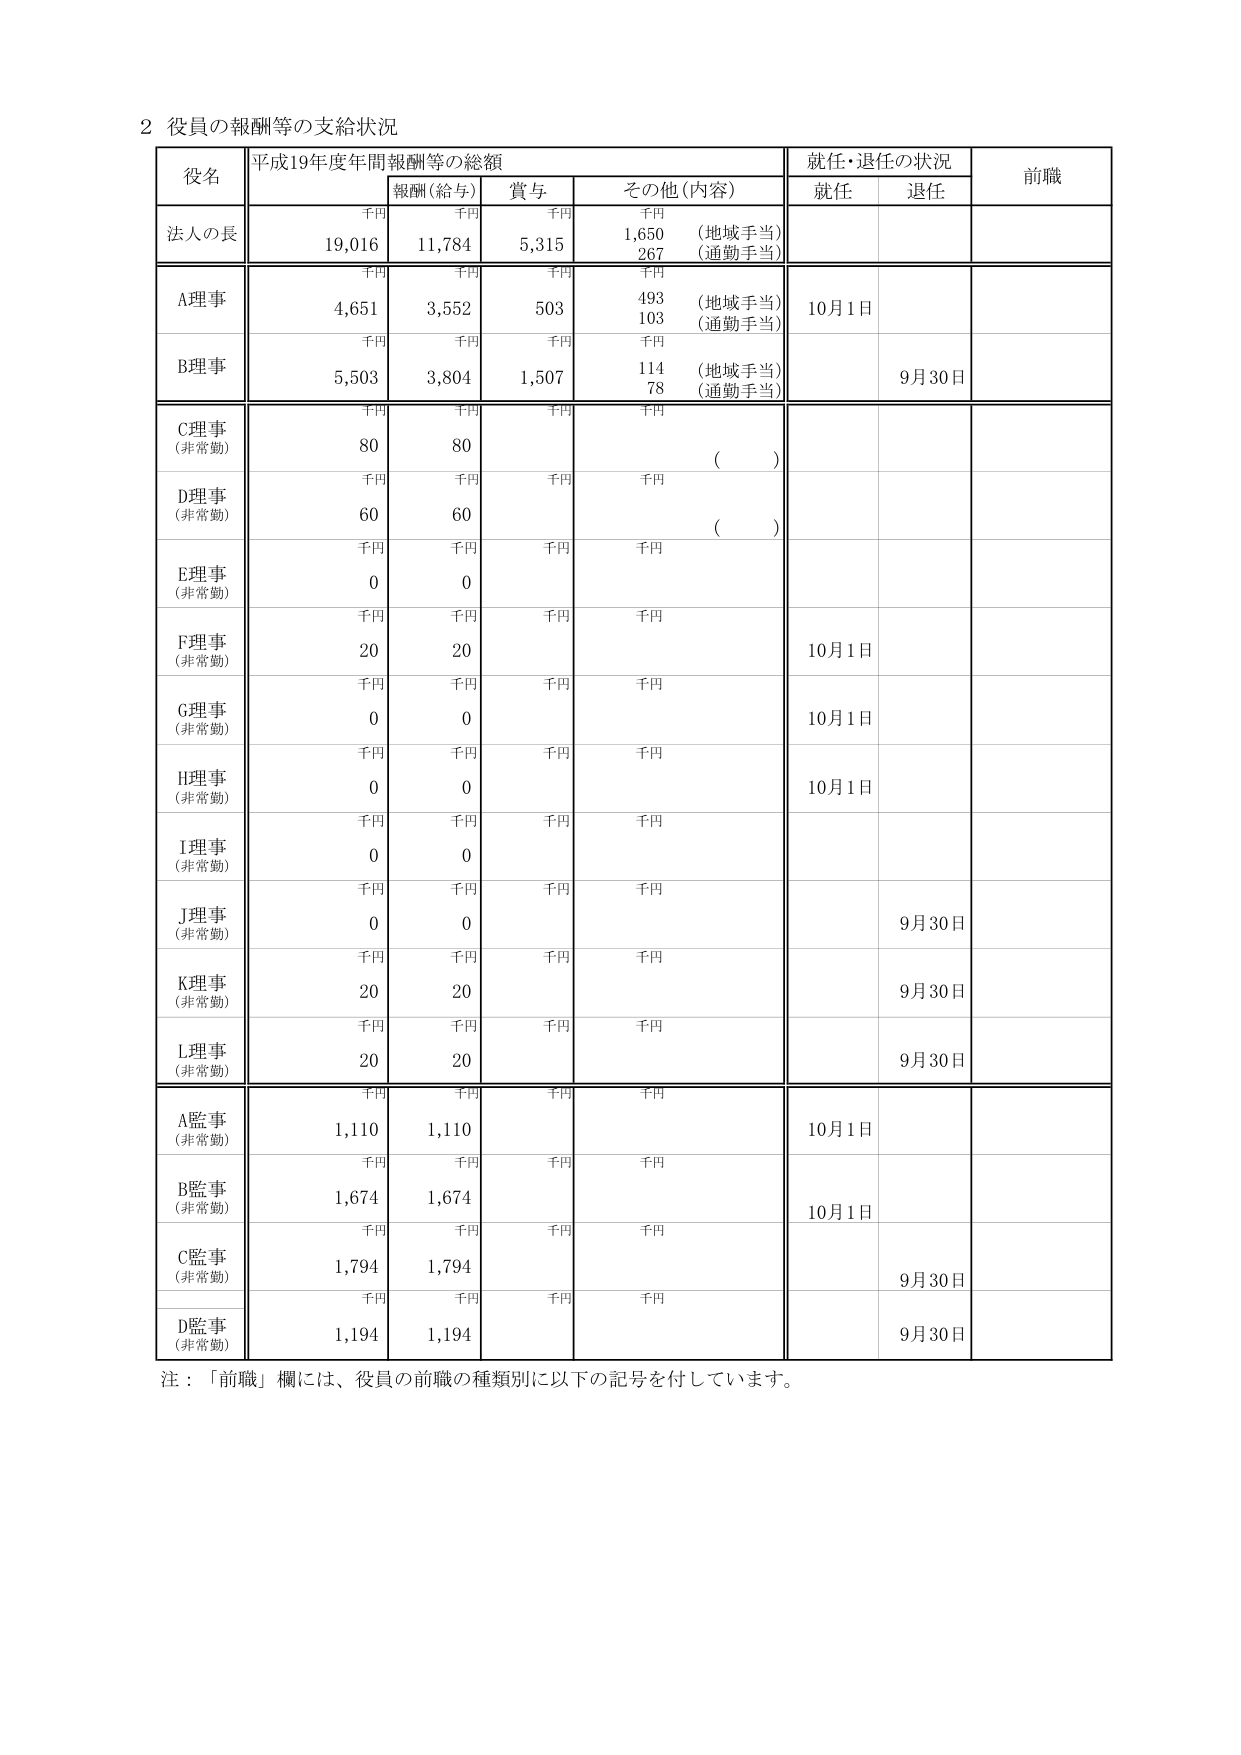
2 役員の報酬等の支給状況

役名 平成19年度年間報酬等の総額 就任・退任の状況 前職
報酬（給与） 賞与 その他（内容） 就任 退任
千円 千円 千円 千円
法人の長 19,016 11,784 5,315 1,650 （地域手当） 267 （通勤手当）
A理事 4,651 3,552 503 493 （地域手当） 103 （通勤手当） 10月1日
B理事 5,503 3,804 1,507 114 （地域手当） 78 （通勤手当） 9月30日
C理事 （非常勤） 80 80 （ ）
D理事 （非常勤） 60 60 （ ）
E理事 （非常勤） 0 0
F理事 （非常勤） 20 20 10月1日
G理事 （非常勤） 0 0 10月1日
H理事 （非常勤） 0 0 10月1日
I理事 （非常勤） 0 0
J理事 （非常勤） 0 0 9月30日
K理事 （非常勤） 20 20 9月30日
L理事 （非常勤） 20 20 9月30日
A監事 （非常勤） 1,110 1,110 10月1日
B監事 （非常勤） 1,674 1,674 10月1日
C監事 （非常勤） 1,794 1,794 9月30日
D監事 （非常勤） 1,194 1,194 9月30日

注：「前職」欄には、役員の前職の種類別に以下の記号を付しています。